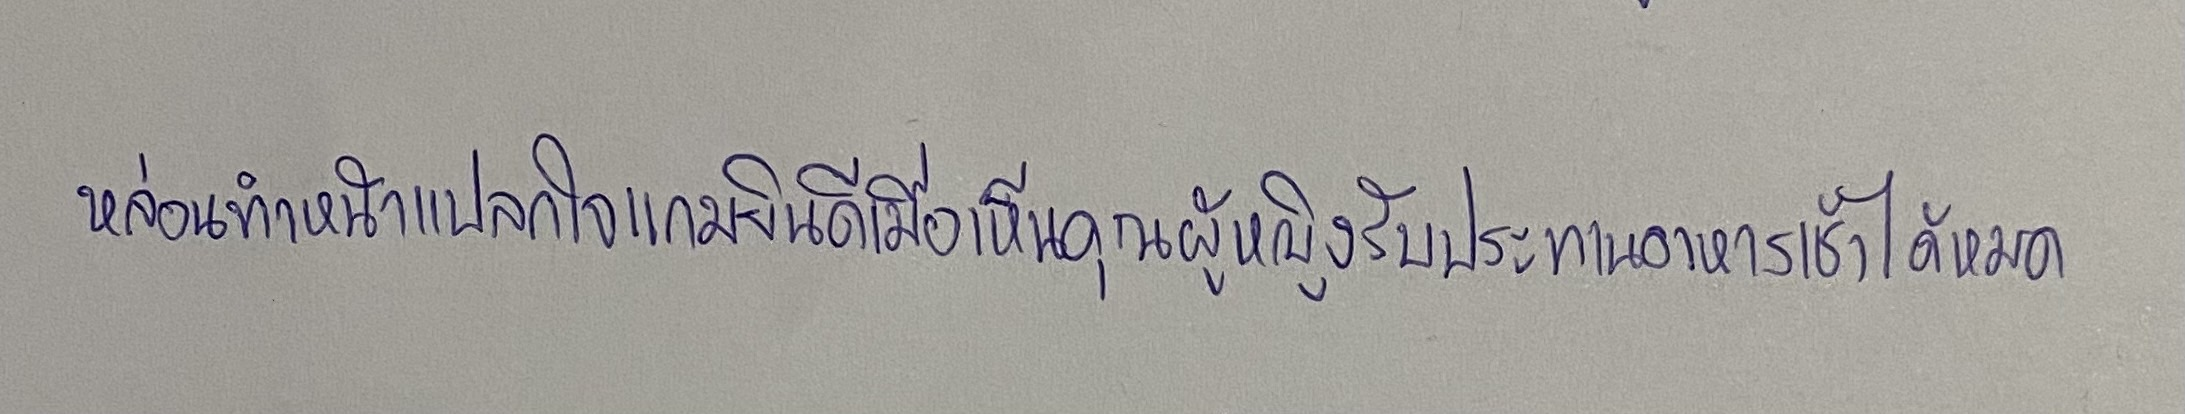
หล่อนทำหน้าแปลกใจแกมยินดีเมื่อเห็นคุณผู้หญิงรับประทานอาหารเช้าได้หมด